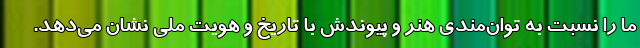
ما را نسبت به توان‌مندیِ هنر و پیوندش با تاریخ و هویت ملی نشان می‌دهد.